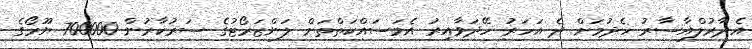
އެދާރުލްއާސާރު ހެދުމަށް ދެ އަހަރު ހޭދަވާއިރު އެމަސައްކަތްތަށް ލަންޒަރޯޓުގެ ސަރުކާރުން 700000 ޔޫރޯގެ